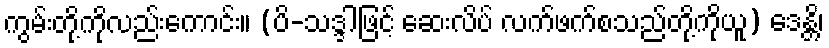
ကွမ်းတို့ကိုလည်းကောင်း။ (ပိ-သဒ္ဒါဖြင့် ဆေးလိပ် လက်ဖက်စသည်တို့ကိုယူ) ဒေန္တိ၊